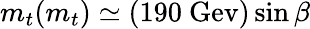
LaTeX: m_{t}(m_{t})\simeq(190\ \mathrm{Gev})\sin\beta